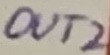
Text: OUT2